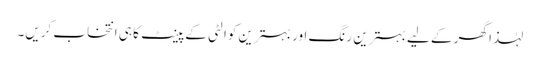
لہٰذا گھر کے لیے بہترین رنگ اور بہترین کوالٹی کے پینٹ کا ہی انتخاب کریں۔